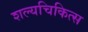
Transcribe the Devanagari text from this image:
शल्यचिकित्स